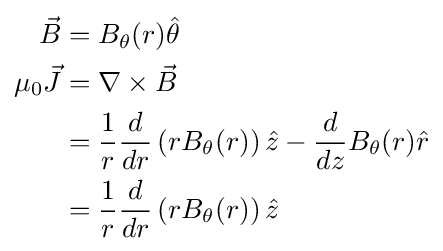
{\begin{aligned}{\vec {B}}&=B_{\theta }(r){\hat {\theta }}\\\mu _{0}{\vec {J}}&=\nabla \times {\vec {B}}\\&={\frac {1}{r}}{\frac {d}{dr}}\left(rB_{\theta }(r)\right){\hat {z}}-{\frac {d}{dz}}B_{\theta }(r){\hat {r}}\\&={\frac {1}{r}}{\frac {d}{dr}}\left(rB_{\theta }(r)\right){\hat {z}}\end{aligned}}